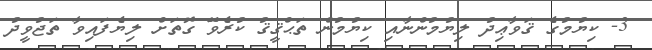
3- ކިޔުމުގެ ޤަވާޢިދު ލިޔުމުންނާއި ކިޔުމުން ތަޙްޤީޤު ކުރެވޭ ގޮތަށް ލިޔެފައިވާ ތަޖުވީދު